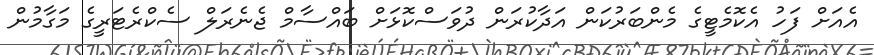
އެއަށް ފަހު އެކޮމެޓީގެ މެންބަރުކަން އަދާކުރަން ދުވަސްކޮޅަށް ބައްސާމް ޖެނެރަލް ސެކްރެޓަރީގެ މަގާމުން